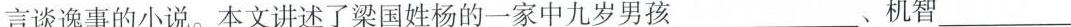
言谈逸事的小说。本文讲述了梁国姓杨的一家中九岁男孩___、机智___